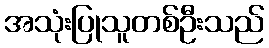
အသုံးပြုသူတစ်ဦးသည်